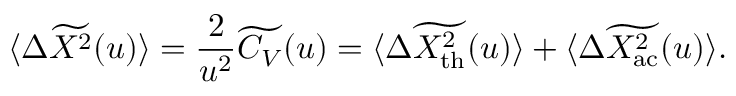
\langle \Delta \widetilde { X ^ { 2 } } ( u ) \rangle = \frac { 2 } { u ^ { 2 } } \widetilde { C _ { V } } ( u ) = \langle \Delta \widetilde { X _ { \mathrm { t h } } ^ { 2 } } ( u ) \rangle + \langle \Delta \widetilde { X _ { \mathrm { a c } } ^ { 2 } } ( u ) \rangle .